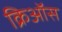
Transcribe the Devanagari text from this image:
क्रिऑस